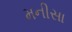
મનીસા